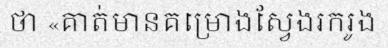
ថា «គាត់មានគម្រោងស្វែងរករូង